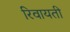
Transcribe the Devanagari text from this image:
रिवायती